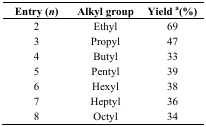
| Entry (n) | Alkyl group | Yield a(%) |
 | --- | --- | --- |
 | 2 | Ethyl | 69 |
 | 3 | Propyl | 47 |
 | 4 | Butyl | 33 |
 | 5 | Pentyl | 39 |
 | 6 | Hexyl | 38 |
 | 7 | Heptyl | 36 |
 | 8 | Octyl | 34 |